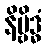
နိဗ္ဗိဒ္ဓံ